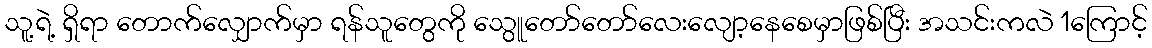
သူ့ရဲ့ ရှိရာ တောက်လျှောက်မှာ ရန်သူတွေကို သွေူတော်တော်လေးလျော့နေစေမှာဖြစ်ပြီး အသင်းကလဲ 1ကြောင့်